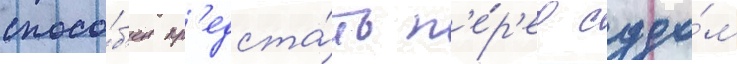
спосо́б'ен пр'едста́ть п'е́р'ед судо́м